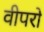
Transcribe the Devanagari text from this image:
वीपरो